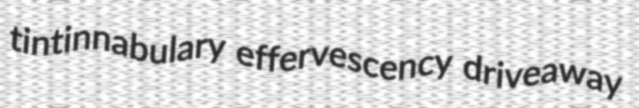
tintinnabulary effervescency driveaway